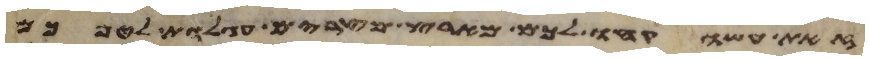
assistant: זאת עשו קחו לכם מארץ מצרים עגלות לטפכם